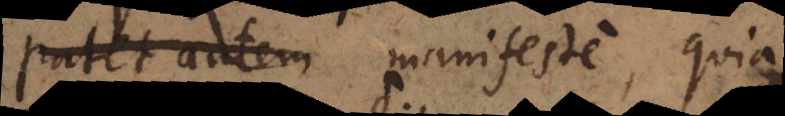
Patet autem manifeste, quia